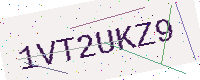
Text: 1VT2UKZ9